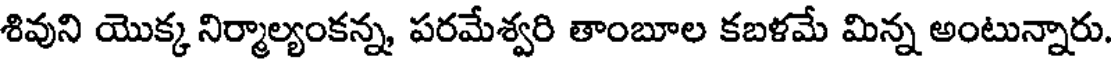
శివుని యొక్క నిర్మాల్యంకన్న, పరమేశ్వరి తాంబూల కబళమే మిన్న అంటున్నారు